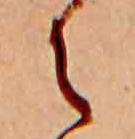
え